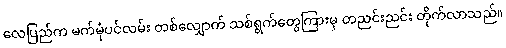
လေပြည်က မက်မုံပင်လမ်း တစ်လျှောက် သစ်ရွက်တွေကြားမှ တညင်းညင်း တိုက်လာသည်။